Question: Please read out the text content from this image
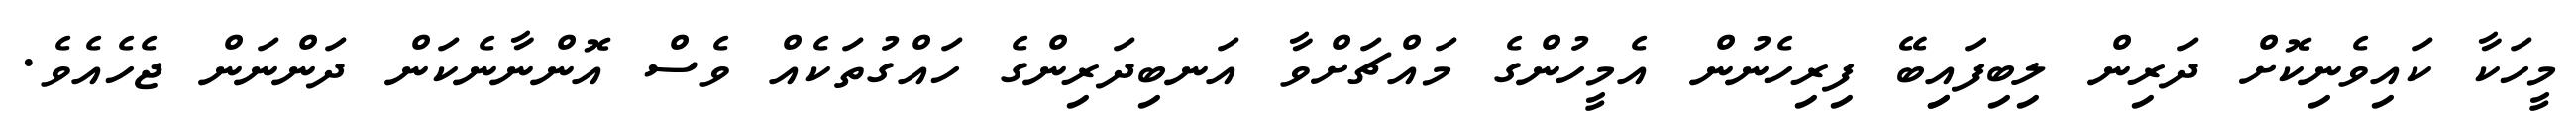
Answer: މީހަކާ ކައިވެނިކޮށް ދަރިން ލިބިފައިިބޭ ފިރިހެނުން އެމީހުންގެ މައްޗަށްވާ އަނބިދަރިންގެ ހައްގުތަކެއް ވެސް އޮންނާނެކަން ދަންނަން ޖެހެއެވެ.